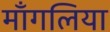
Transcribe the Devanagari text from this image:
माँगलिया